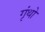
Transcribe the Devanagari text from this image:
गृंथो